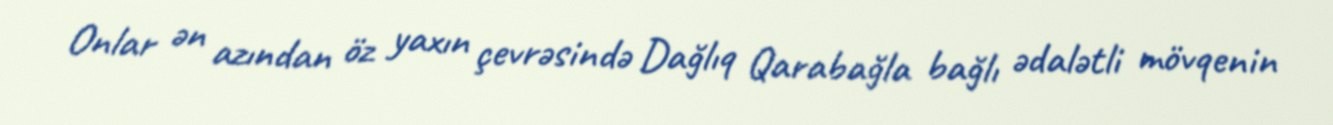
Onlar ən azından öz yaxın çevrəsində Dağlıq Qarabağla bağlı ədalətli mövqenin